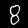
Label: 8